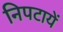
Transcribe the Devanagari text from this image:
निपटायें